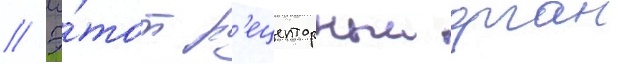
// Э́тот р'ецепторныи орган